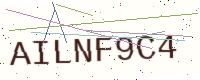
Text: AILNF9C4